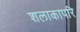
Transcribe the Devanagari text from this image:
शलाकापरि